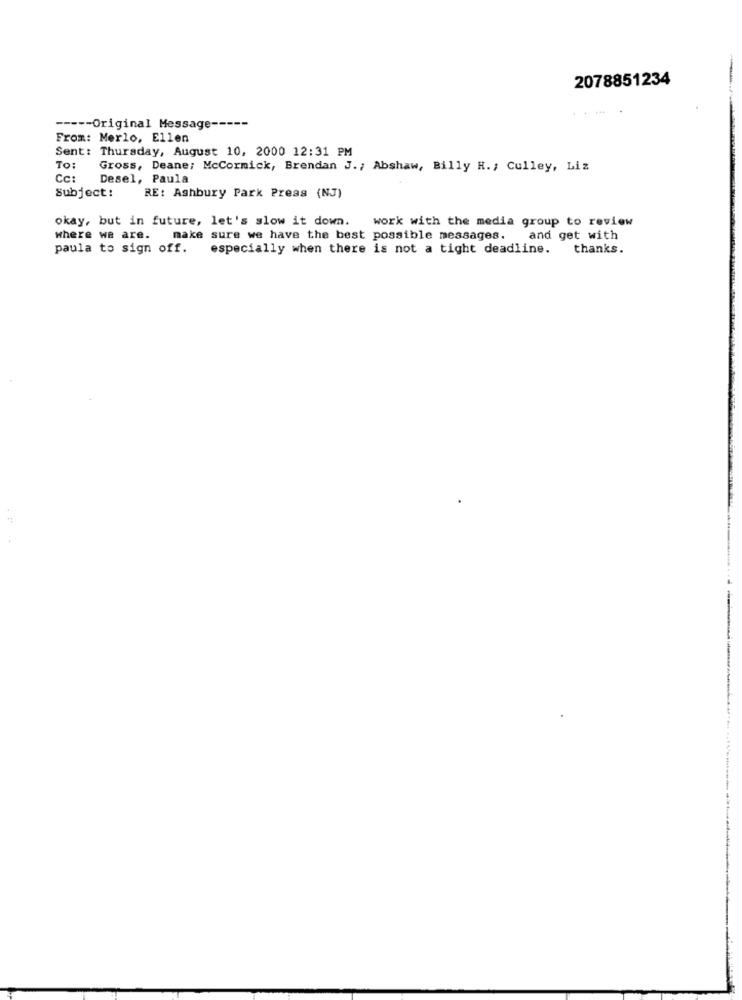
2078851234
----- Original Message ---
From: Merlo, Ellen
Sent: Thursday, August 10, 2000 12:31 PM
To
Gross, Deane; McCormick, Brendan J .; Abshaw, Billy H .; Culley, Liz
Cc:
Desel, Paula
Subject:
RE: Ashbury Park Press (NJ)
okay, but in future, let's slow it down.
work with the media group to review
where we are.
make sure we have the best possible messages. and get with
paula to sign off.
especially when there is not a tight deadline.
thanks.